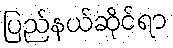
ပြည်နယ်ဆိုင်ရာ